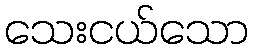
သေးငယ်သော